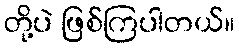
တို့ပဲ ဖြစ်ကြပါတယ်။